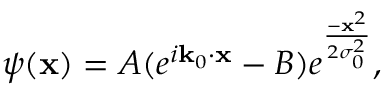
\begin{array} { r } { \psi ( \mathbf { x } ) = A ( e ^ { i \mathbf { k } _ { 0 } \cdot \mathbf { x } } - B ) e ^ { \frac { - \mathbf { x } ^ { 2 } } { 2 \sigma _ { 0 } ^ { 2 } } } , } \end{array}